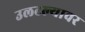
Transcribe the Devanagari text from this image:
उलटल्यावर